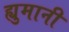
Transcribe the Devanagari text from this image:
ह्युमानी